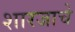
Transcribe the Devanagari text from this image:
शारजाचे